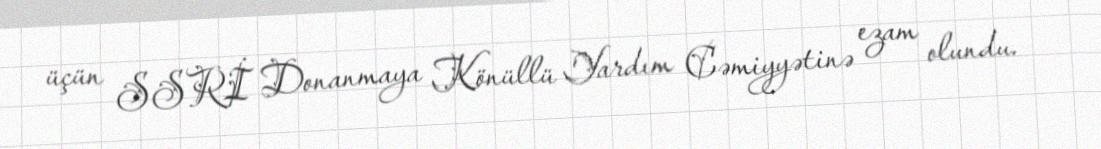
üçün SSRİ Donanmaya Könüllü Yardım Cəmiyyətinə ezam olundu.